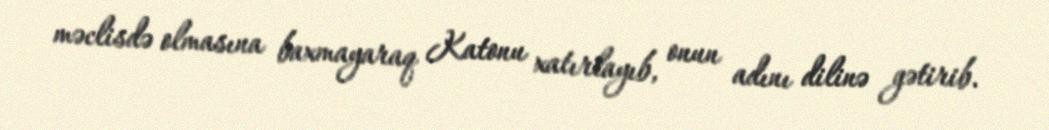
məclisdə olmasına baxmayaraq Katonu xatırlayıb, onun adını dilinə gətirib.